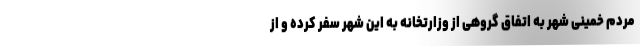
مردم خمینی شهر به اتفاق گروهی از وزارتخانه به این شهر سفر کرده و از